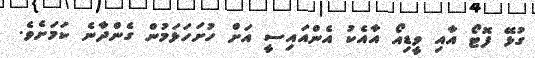
ގުޅޭ ފޮޓޯ އާއި ވީޑިއޯ އާއެކު އެންއައިސީ އަށް ހުށަހަޅަމުން ގެންދާނެ ކަމަށެވެ.